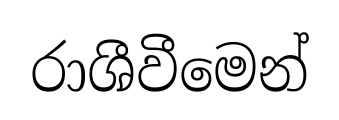
රාශීවීමෙන්